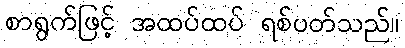
စာရွက်ဖြင့် အထပ်ထပ် ရစ်ပတ်သည်။